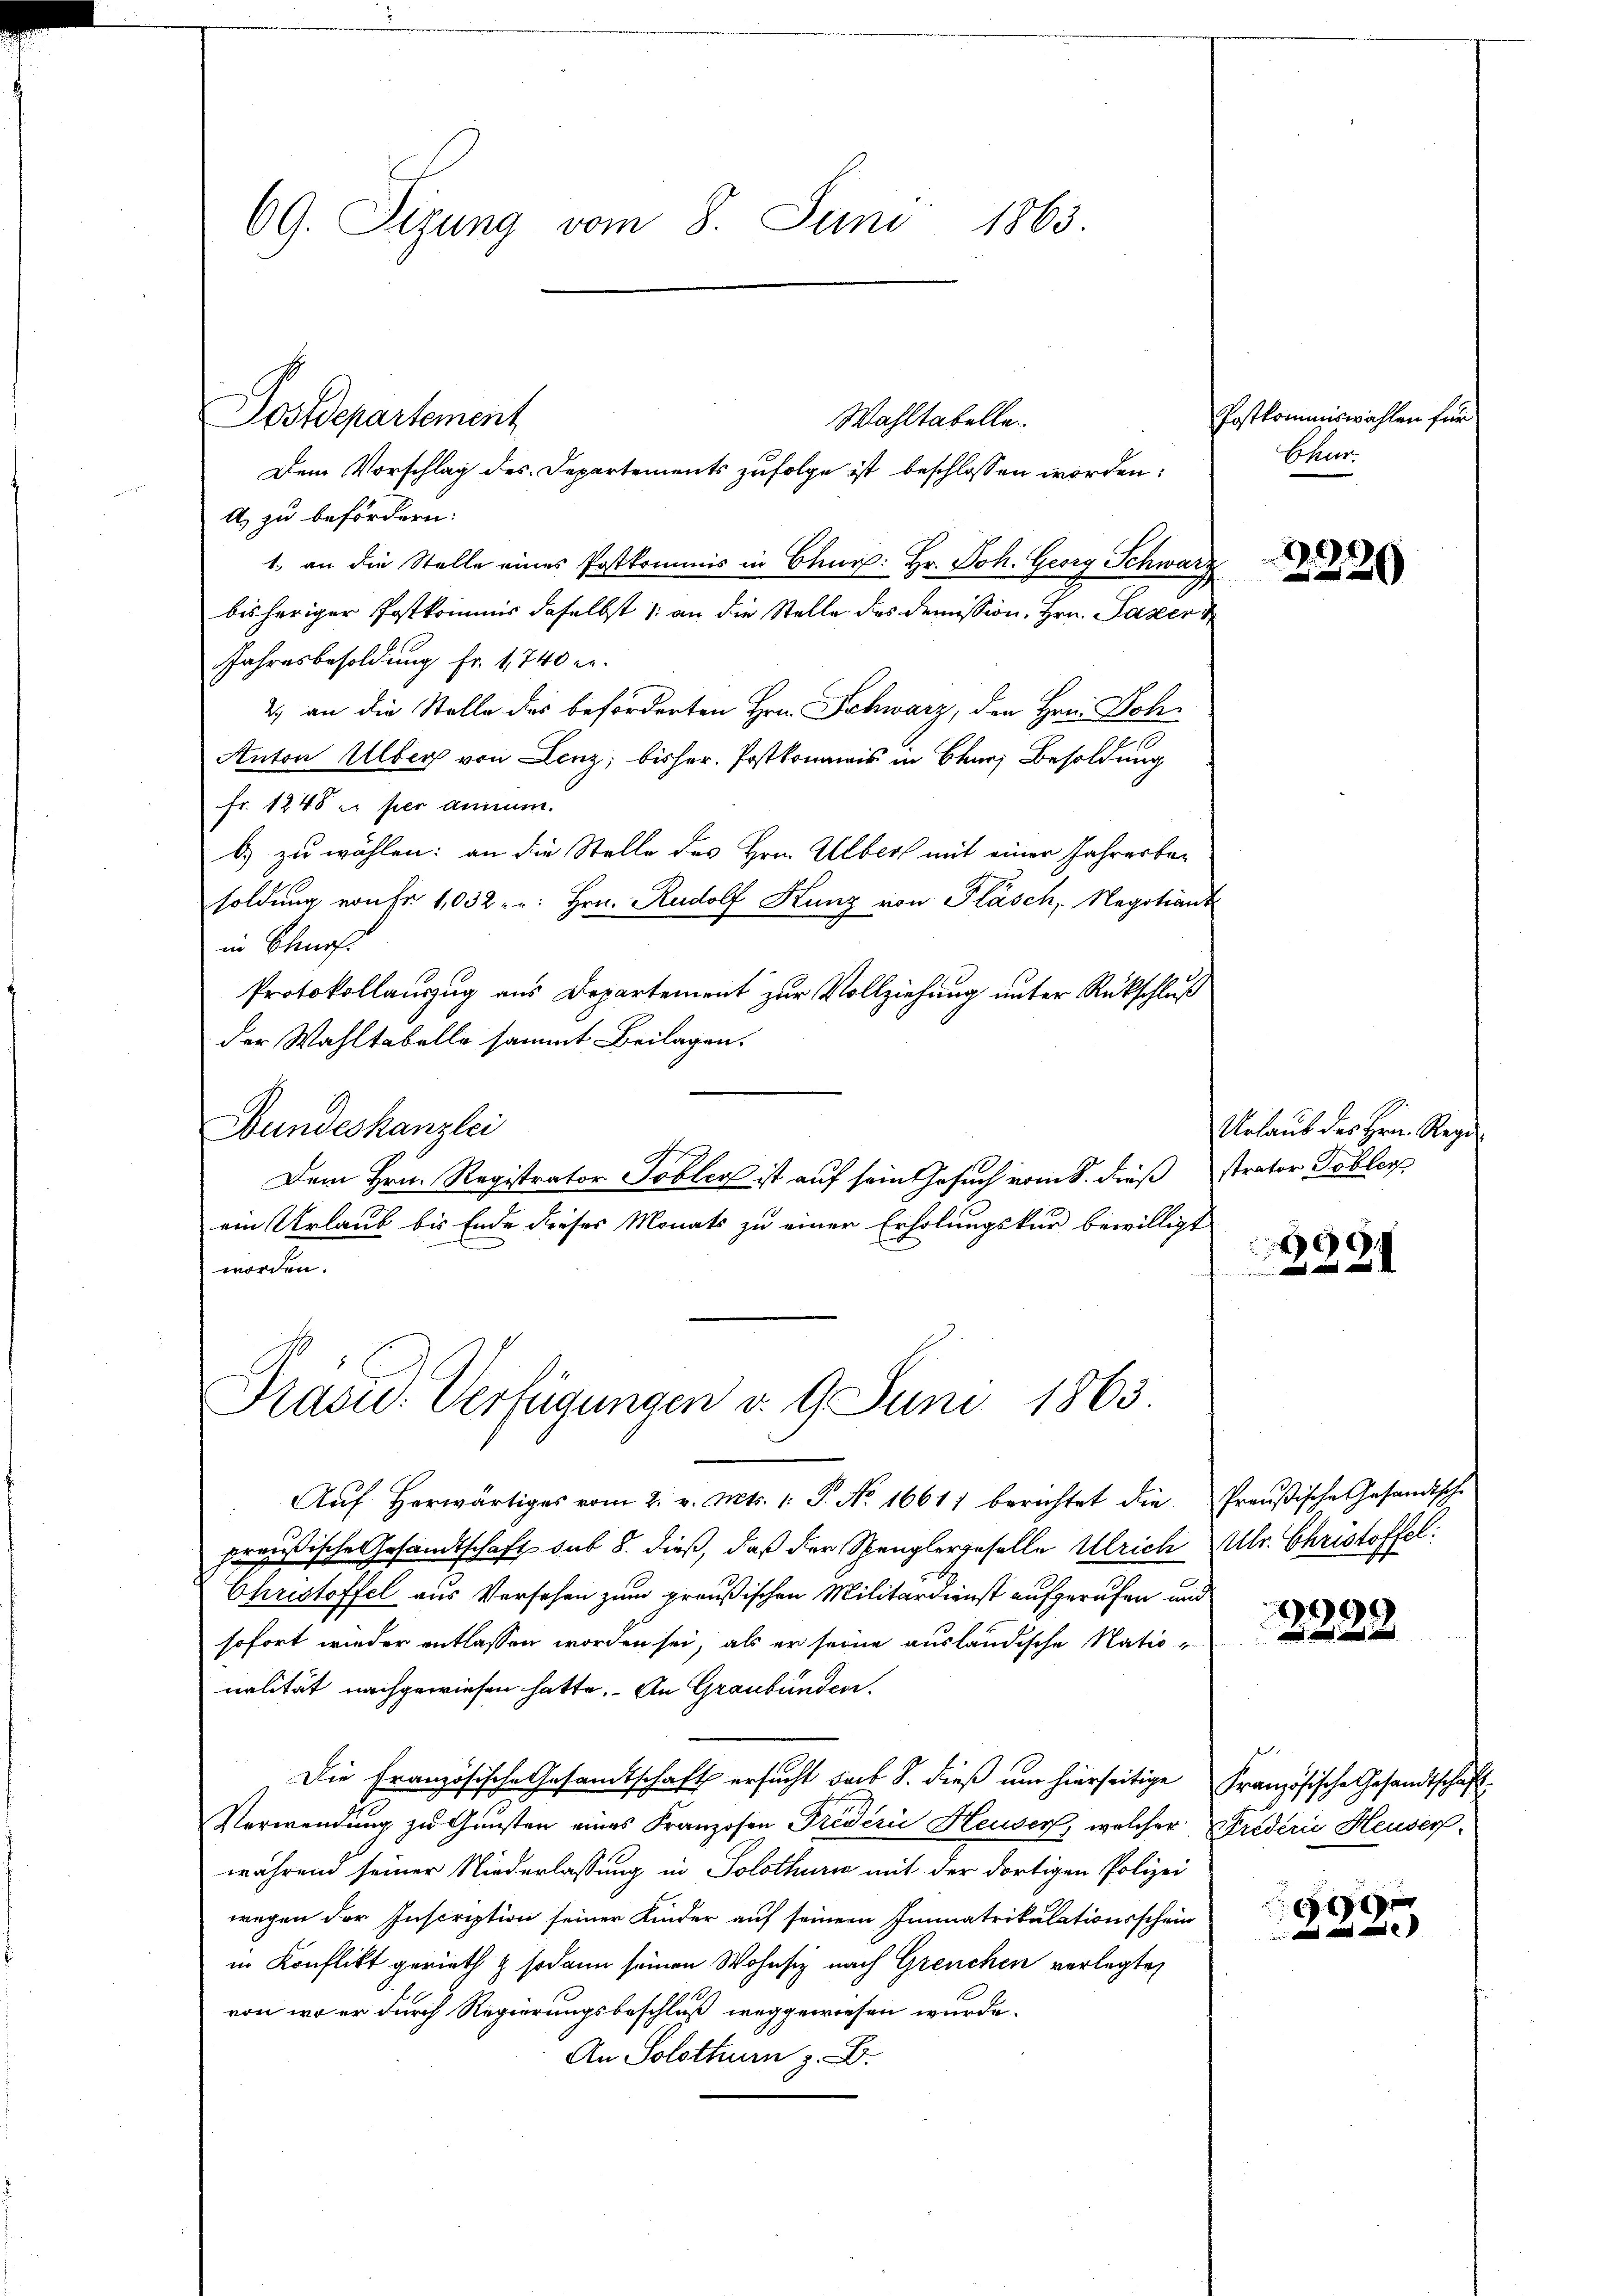
Dem Vorschlag des Departements zufolge ist beschlossen worden:
A) zu befördern:
1., an die Stelle eines Postkommis in Chur: Hr. Joh. Georg Schwarz
bisheriger Postkommis daselbst 1 an die Stelle des Demission, Hrn. Paster
Jahresbesoldung fr. 1740 er
2.) an die Stelle des beförderten Hrn. Schwarz, den Hrn. Joh¬
Anton Alber von Lenz; bisher Postkommis in Char Besoldung
fr. 1248 u. per annum.
b) zu wählen: an die Stelle des Hrn. Ueber mit einer Jahresbesoldung von Fr. 1,032 - " Hrn. Rudolf Kunz von Fläsch, Negotiant
in Churf
Protokollauszug aus Departement zur Vollziehung unter Rückschluß
der Wahltabelle sammt Beilagen.
Bundeskanzlei
Dem Hrn. Registrator Toblen ist auf sein Gesuch vom 8. dieß strator Tobler
ein Urlaub bis Ende dieses Monats zu einer Erholungskur bewilligt
worden.

69. Sizung vom 8. Juni 1863.
Postdepartement
Wahltabelle.

Aŭf herwärtiges vom 2. v. Mts. 1. P. No. 16611 berichtet die Preußische Gesandtsche
preußische Gesandtschaft sub 8. dieß, daß der Spenglergeselle Ulrich Ulr. Christoffel:
Christoffel aus Versehen zum preußischen Militärdienst aufgerufen und
sofort wieder entlassen worden sei, als er seine ausländische Nationalität nachgewiesen hatte. An Graubünden.
Die Französische Gesamtschaft ersucht saib S. dieß um hierseitige Französische Gesandtschaft
Verwendung zu Gunsten eines Franzosen Friderie Heuser, welcher Friderii Heuser.
während seiner Niederlassung in Solothurn mit der dortigen Polizei
wegen der Inscription seiner Kinder auf seinem Immatrikulationsschein
in Konflikt gerieth & sodann seinen Wohnsiz nach Grenchen verlegte
von, wo er durch Regierungsbeschluß weggewiesen wurde.
An Solothur z. B.

Präsid.. Verfügungen v. 9. Juni 1863.

Postkommiswahlen für
Chur.

2220

Urlaub des Hrn. Regi

99
228

4
e

e